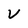
Character: v